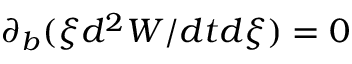
\partial _ { b } ( \xi d ^ { 2 } W / d t d \xi ) = 0